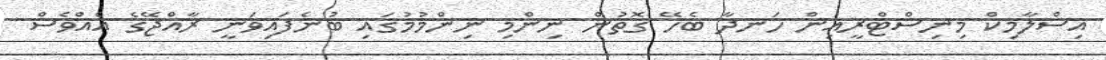
އިސްލާމިކް މިނިސްޓްރީއިން ހަނދާ ބެހޭ ގޮތުން ނިންމި ނިންމުމުގައި ބުނެފައިވަނީ ރާއްޖޭގެ އެއްވެސް